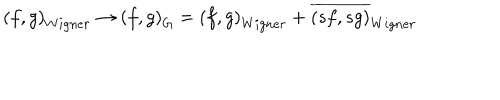
\left( f , g \right) _ { W i g n e r } \rightarrow \left( f , g \right) _ { G } = \left( f , g \right) _ { W i g n e r } + \overline { { { \left( s f , s g \right) } } } _ { W i g n e r }